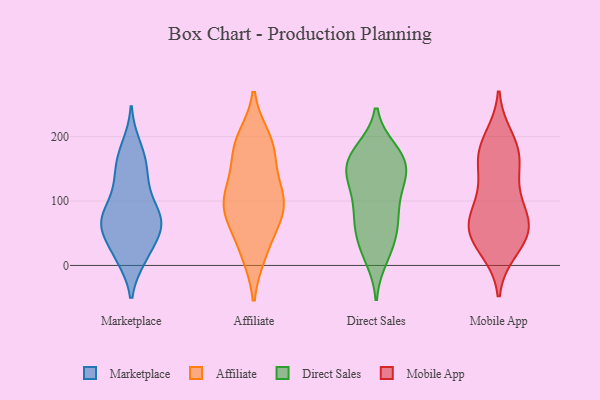
{"axis": {"x": "Net Income (USD K)", "y": "Value"}, "legend": ["Affiliate", "Direct Sales", "Marketplace", "Mobile App"], "data": [{"x": "", "y": 112, "type": "Marketplace"}, {"x": "", "y": 84, "type": "Marketplace"}, {"x": "", "y": 154, "type": "Marketplace"}, {"x": "", "y": 11, "type": "Marketplace"}, {"x": "", "y": 125, "type": "Marketplace"}, {"x": "", "y": 59, "type": "Marketplace"}, {"x": "", "y": 186, "type": "Marketplace"}, {"x": "", "y": 68, "type": "Marketplace"}, {"x": "", "y": 67, "type": "Marketplace"}, {"x": "", "y": 33, "type": "Marketplace"}, {"x": "", "y": 68, "type": "Marketplace"}, {"x": "", "y": 63, "type": "Marketplace"}, {"x": "", "y": 161, "type": "Marketplace"}, {"x": "", "y": 11, "type": "Marketplace"}, {"x": "", "y": 124, "type": "Affiliate"}, {"x": "", "y": 196, "type": "Affiliate"}, {"x": "", "y": 20, "type": "Affiliate"}, {"x": "", "y": 91, "type": "Affiliate"}, {"x": "", "y": 73, "type": "Affiliate"}, {"x": "", "y": 91, "type": "Affiliate"}, {"x": "", "y": 86, "type": "Affiliate"}, {"x": "", "y": 19, "type": "Affiliate"}, {"x": "", "y": 68, "type": "Affiliate"}, {"x": "", "y": 115, "type": "Affiliate"}, {"x": "", "y": 184, "type": "Affiliate"}, {"x": "", "y": 180, "type": "Affiliate"}, {"x": "", "y": 185, "type": "Affiliate"}, {"x": "", "y": 127, "type": "Affiliate"}, {"x": "", "y": 65, "type": "Direct Sales"}, {"x": "", "y": 80, "type": "Direct Sales"}, {"x": "", "y": 139, "type": "Direct Sales"}, {"x": "", "y": 33, "type": "Direct Sales"}, {"x": "", "y": 156, "type": "Direct Sales"}, {"x": "", "y": 119, "type": "Direct Sales"}, {"x": "", "y": 175, "type": "Direct Sales"}, {"x": "", "y": 130, "type": "Direct Sales"}, {"x": "", "y": 178, "type": "Direct Sales"}, {"x": "", "y": 155, "type": "Direct Sales"}, {"x": "", "y": 135, "type": "Direct Sales"}, {"x": "", "y": 70, "type": "Direct Sales"}, {"x": "", "y": 24, "type": "Direct Sales"}, {"x": "", "y": 97, "type": "Direct Sales"}, {"x": "", "y": 168, "type": "Direct Sales"}, {"x": "", "y": 57, "type": "Direct Sales"}, {"x": "", "y": 168, "type": "Direct Sales"}, {"x": "", "y": 12, "type": "Direct Sales"}, {"x": "", "y": 165, "type": "Mobile App"}, {"x": "", "y": 121, "type": "Mobile App"}, {"x": "", "y": 47, "type": "Mobile App"}, {"x": "", "y": 55, "type": "Mobile App"}, {"x": "", "y": 175, "type": "Mobile App"}, {"x": "", "y": 59, "type": "Mobile App"}, {"x": "", "y": 181, "type": "Mobile App"}, {"x": "", "y": 197, "type": "Mobile App"}, {"x": "", "y": 33, "type": "Mobile App"}, {"x": "", "y": 76, "type": "Mobile App"}, {"x": "", "y": 108, "type": "Mobile App"}, {"x": "", "y": 159, "type": "Mobile App"}, {"x": "", "y": 25, "type": "Mobile App"}, {"x": "", "y": 68, "type": "Mobile App"}, {"x": "", "y": 67, "type": "Mobile App"}]}